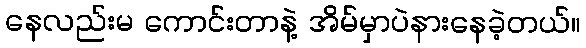
နေလည်းမ ကောင်းတာနဲ့ အိမ်မှာပဲနားနေခဲ့တယ်။